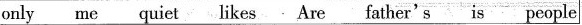
\boxed{only me quiet likes Are father's is people}